Plague in India, 1896, 1897 - Volume 2
Year: 1896
Disease focus: Plague
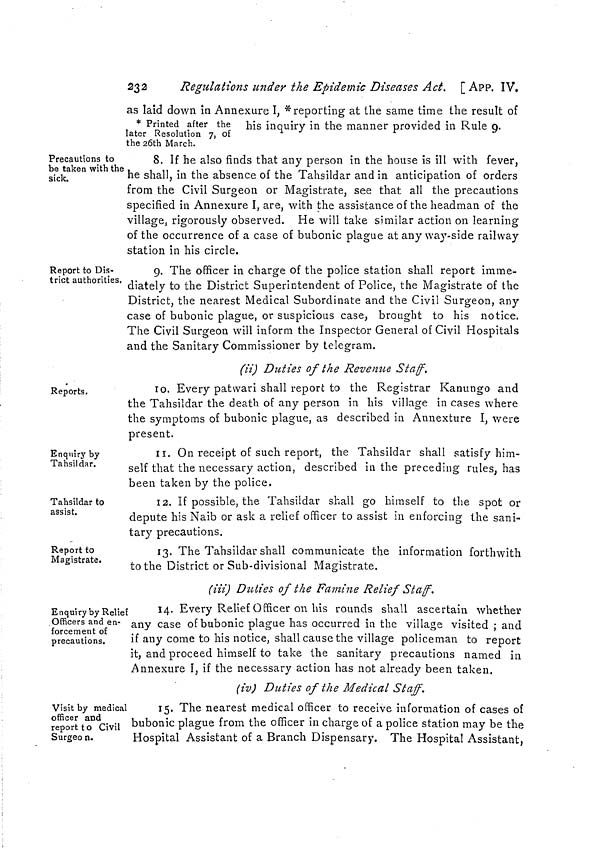
232
Regulations under the Epidemic Diseases Ad. [ APP. IV.
as laid down in Annexure I, * reporting at the same time the result of
* Printed after the his inquiry in the manner provided in Rule 9.
later Resolution 7, of
the 26th March.
Precautions to
be taken with the
sick.
8. If he also finds that any person in the house is ill with fever,
he shall, in the absence of the Tahsildar and in anticipation of orders
from the Civil Surgeon or Magistrate, see that all the precautions
specified in Annexure I, are, with the assistance of the headman of the
village, rigorously observed. He will take similar action on learning
of the occurrence of a case of bubonic plague at anyway-side railway
station in his circle.
Report to Dis-
trict authorities.
9. The officer in charge of the police station shall report imme-
diately to the District Superintendent of Police, the Magistrate of the
District, the nearest Medical Subordinate and the Civil Surgeon, any
case of bubonic plague, or suspicious case, brought to his notice.
The Civil Surgeon will inform the Inspector General of Civil Hospitals
and the Sanitary Commissioner by telegram.
(ii) Duties of the Revenue Staff.
Reports.
Io. Every patwari shall report to the Registrar Kanungo and
the Tahsildar the death of any person in his village in cases where
the symptoms of bubonic plague, as described in Annexture I, were
present.
Enquiry by
Tahsildar.
II. On receipt of such report, the Tahsildar shall satisfy him-
self that the necessary action, described in the preceding rules, has
been taken by the police.
Tahsildar to
assist.
12. If possible, the Tahsildar shall go himself to the spot or
depute his Naib or ask a relief officer to assist in enforcing the sani-
tary precautions.
Report to
Magistrate.
13. The Tahsildar shall communicate the information forthwith
to the District or Sub-divisional Magistrate.
(iii) Duties of the Famine Relief Staff.
Enquiry by Relief
Officers and en-
forcement of
precautions.
14. Every Relief Officer on his rounds shall ascertain whether
any case of bubonic plague has occurred in the village visited ; and
if any come to his notice, shall cause the village policeman to report
it, and proceed himself to take the sanitary precautions named in
Annexure I, if the necessary action has not already been taken.
(iv) Duties of the Medical Staff.
Visit by medical
officer and
report t o Civil
Surgeo n.
15. The nearest medical officer to receive information of cases of
bubonic plague from the officer in charge of a police station may be the
Hospital Assistant of a Branch Dispensary. The Hospital Assistant,